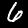
Label: 6